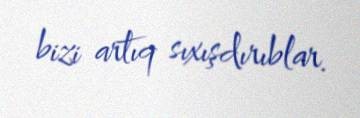
bizi artıq sıxışdırıblar.